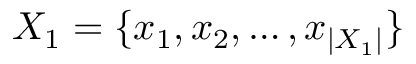
X _ { 1 } = \{ x _ { 1 } , x _ { 2 } , \ldots , x _ { | X _ { 1 } | } \}